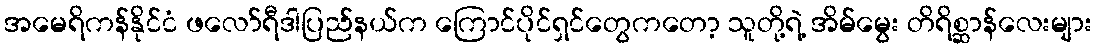
အမေရိကန်နိုင်ငံ ဖလော်ရီဒါပြည်နယ်က ကြောင်ပိုင်ရှင်တွေကတော့ သူတို့ရဲ့ အိမ်မွေး တိရိစ္ဆာန်လေးများ